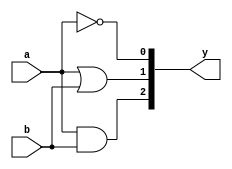
//Using data flow model
module gates(input a,b,output [2:0]y);
    assign y[2]= a & b ;
    assign y[1]= a | b ;
    assign y[0]=~a;
endmodule
module gates_tb;
    wire [2:0]y;
    reg a,b;
    gates aon(a,b,y);
    initial
    begin 
        $dumpfile("gate_test.vcd");
        $dumpvars(0,gates_tb);
        a=1'b0;
        b=1'b0;
            #50;
        a=1'b0;
        b=1'b1;
            #50;
        a=1'b1;
        b=1'b0;
            #50;
        a=1'b1;
        b=1'b1;
            #50;
    end
endmodule